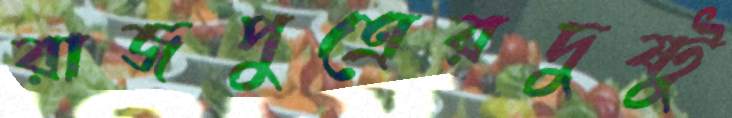
রাজপুত্রেরদুষ্টু